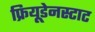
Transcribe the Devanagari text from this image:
फ्रियूडेनस्टाट